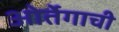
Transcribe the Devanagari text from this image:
ओर्तेगाची